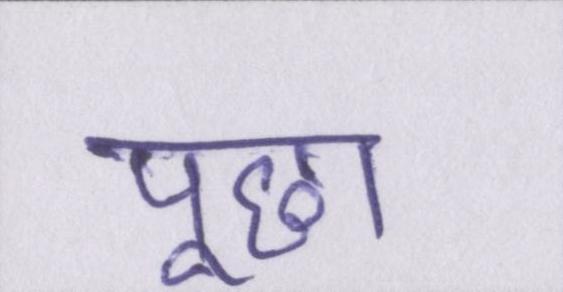
पूछा